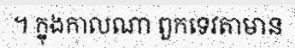
។ ក្នុងកាលណា ពួកទេវតាមាន